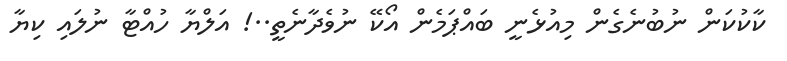
ކާކުކަން ނުބުނެގެން މިއުޅެނީ ބައްޕަމެން އޯކޭ ނުވެދާނެތީ..! އަލްޔާ ހުއްޓާ ނުލައި ކިޔާ